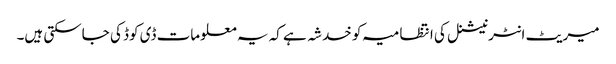
میریٹ انٹرنیشنل کی انتظامیہ کو خدشہ ہے کہ یہ معلومات ڈی کوڈ کی جاسکتی ہیں۔